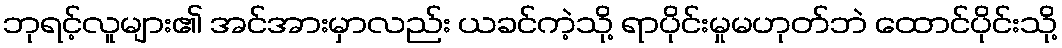
ဘုရင့်လူများ၏ အင်အားမှာလည်း ယခင်ကဲ့သို့ ရာပိုင်းမှုမဟုတ်ဘဲ ထောင်ပိုင်းသို့